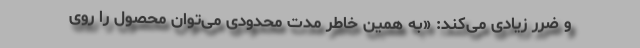
و ضرر زیادی می‌کند: «به همین خاطر مدت محدودی می‌توان محصول را روی